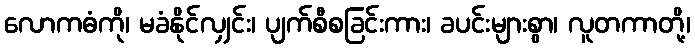
လောကဓံကို၊ မခံနိုင်လျှင်း၊ ပျက်စီစခြင်းကား၊ ခပင်းများစွာ၊ လူတကာတို့၊